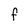
Character: F